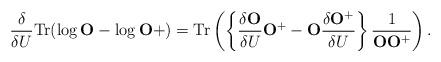
LaTeX: \begin{align*}\frac{\delta}{\delta U}{\rm Tr}(\log {\bf O}-\log {\bf O}+)={\rm Tr}\left(\left\{\frac{\delta{\bf O}}{\delta U}{\bf O}^+-{\bf O}\frac{\delta{\bf O}^+}{\delta U}\right\}\frac{1}{{\bf O}{\bf O}^+}\right).\end{align*}